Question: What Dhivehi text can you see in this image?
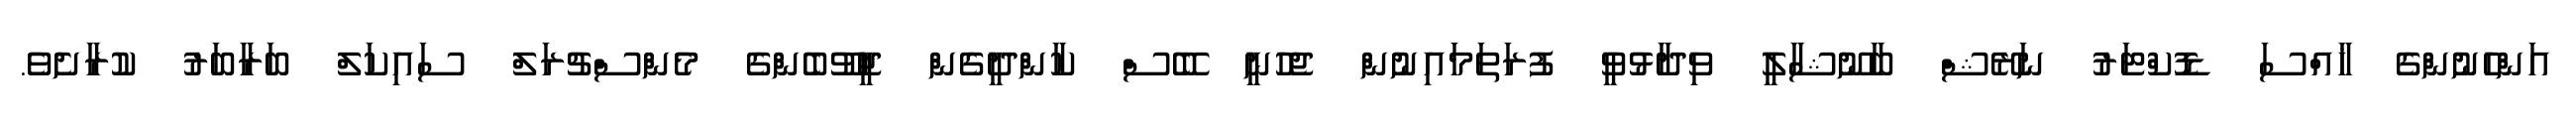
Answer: އަންހެނުންގެ ޚާއްސަ ޑޮކްޓަރު ނަރޭޝް ބާނޫޝާލީ ވިދާޅުވީ ފުރަތަމައިނުން ޖެހުނީ ބޭސް ކާންދީގެން ޖީވޫބެންގެ މެންސްޗުރަލް ސައިކަލް ބަރާބަރު ކުރާށެވެ.